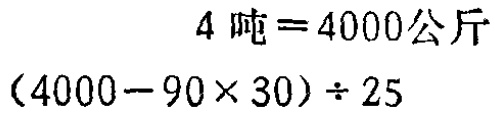
\[
\begin{align*}
4\text{ 吨}&=4000\text{ 公斤}\\
(4000 - 90\times30)\div25
\end{align*}
\]